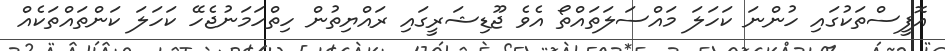
އޮފީސްތަކުގައި ހުންނަ ކަހަލަ މައްސަލަތައްތޯ އެވެ ޖޫޑިޝަރީގައި ރައްޔިތުން ހިތްހަމަނުޖެހޭ ކަހަލަ ކަންތައްތަކެއް